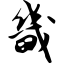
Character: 畿